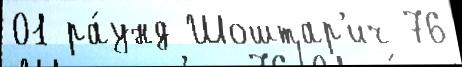
01 ра́унд Шоштар'ич 76